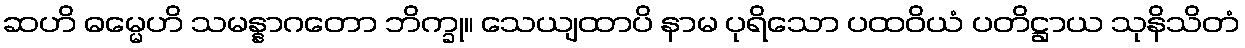
ဆဟိ ဓမ္မေဟိ သမန္နာဂတော ဘိက္ခု။ သေယျထာပိ နာမ ပုရိသော ပထဝိယံ ပတိဋ္ဌာယ သုနိသိတံ